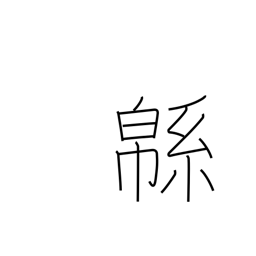
Meaning: cotton